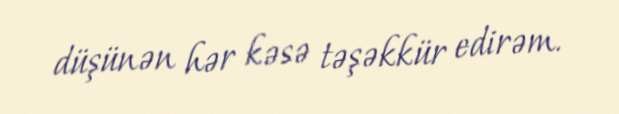
düşünən hər kəsə təşəkkür edirəm.